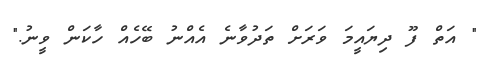
" އަތް ފޫ ދިޔައީމަ ވަރަށް ތަދުވާނެ އެއްނު ބޭހެއް ހާކަން ވީނު."